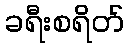
ခရီးစရိတ်